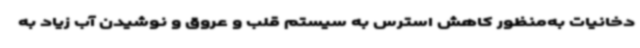
دخانیات به‌منظور کاهش استرس به سیستم قلب و عروق و نوشیدن آب زیاد به